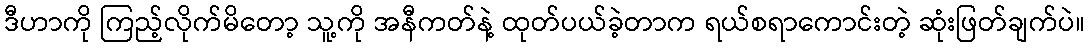
ဒီဟာကို ကြည့်လိုက်မိတော့ သူ့ကို အနီကတ်နဲ့ ထုတ်ပယ်ခဲ့တာက ရယ်စရာကောင်းတဲ့ ဆုံးဖြတ်ချက်ပဲ။